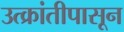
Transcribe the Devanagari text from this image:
उत्क्रांतीपासून